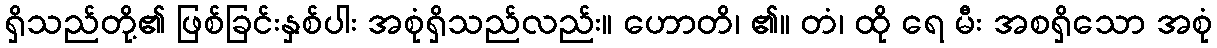
ရှိသည်တို့၏ ဖြစ်ခြင်းနှစ်ပါး အစုံရှိသည်လည်း။ ဟောတိ၊ ၏။ တံ၊ ထို ရေ မီး အစရှိသော အစုံ